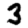
Digit: 3